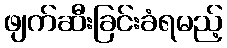
ဖျက်ဆီးခြင်းခံရမည့်